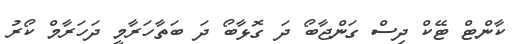
ކާންޓް ޓޭކް ދިސް ގަންޖާބޯ ދަ ގޮޅާބޯ ދަ ބަތާހަރާމީ ދަހަރާމް ކޯރު